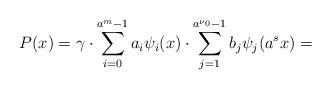
LaTeX: \begin{align*}P(x)=\gamma\cdot \sum_{i=0}^{a^m - 1}a_i \psi_i(x)\cdot\sum_{j=1}^{a^{\nu_0} - 1}b_j \psi_j(a^sx)=\end{align*}